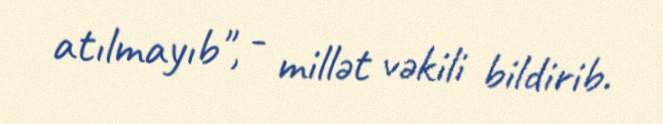
atılmayıb", - millət vəkili bildirib.